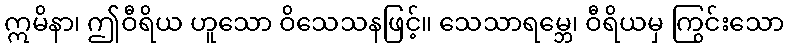
ဣမိနာ၊ ဤဝီရိယ ဟူသော ဝိသေသနဖြင့်။ သေသာရမ္ဘေ၊ ဝီရိယမှ ကြွင်းသော